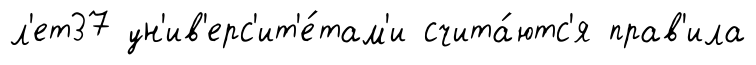
л'ет37 ун'ив'ерс'ит'е́там'и счита́ютс'я прав'ила